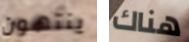
ينتهون هناك